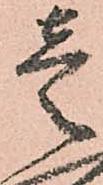
壱